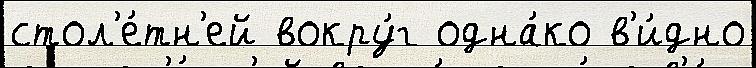
стол'е́тн'ей вокру́г одна́ко в'и́дно